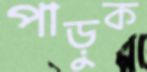
পাড়ুক